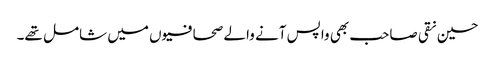
حسین نقی صاحب بھی واپس آنے والے صحافیوں میں شامل تھے۔